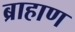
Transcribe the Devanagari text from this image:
ब्राहाण